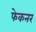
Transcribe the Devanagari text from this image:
फेकनर